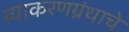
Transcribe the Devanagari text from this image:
व्याकरणग्रंथाचे